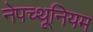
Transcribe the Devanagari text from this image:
नेपच्थूनियम